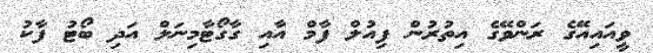
ވީއައިއޭގެ ރަންވޭގެ އިތުރުން ފިއުލް ފާމް އާއި ގާގޯޓާމިނަލް އަދި ބޯޓު ފާކު